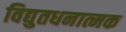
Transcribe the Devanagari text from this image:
विद्युतधनात्मक